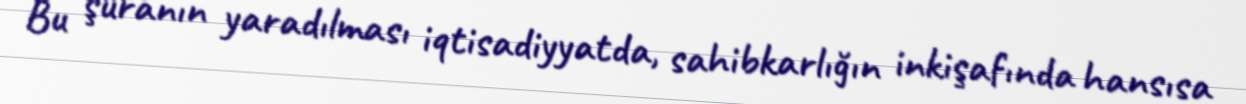
Bu şuranın yaradılması iqtisadiyyatda, sahibkarlığın inkişafında hansısa